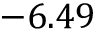
- 6 . 4 9